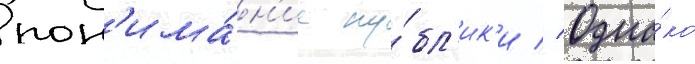
пон'има́н'ие пу́бл'ик'и // Одна́ко